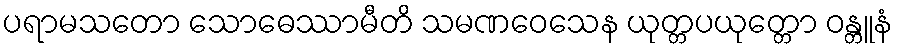
ပရာမသတော သောဓေဿာမီတိ သမဏဝေသေန ယုတ္တပယုတ္တော ဝန္တူနံ